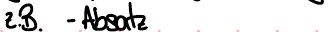
z.B. -Absatz